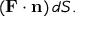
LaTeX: ( \mathbf { F } \cdot \mathbf { n } ) \, d S .